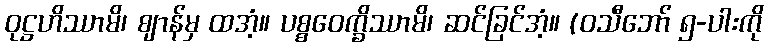
ဝုဋ္ဌဟိဿာမိ၊ ဈာန်မှ ထအံ့။ ပစ္စဝေက္ခိဿာမိ၊ ဆင်ခြင်အံ့။ (ဝသီဘော် ၅-ပါးကို